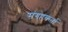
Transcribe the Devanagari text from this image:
संगहकर्ता